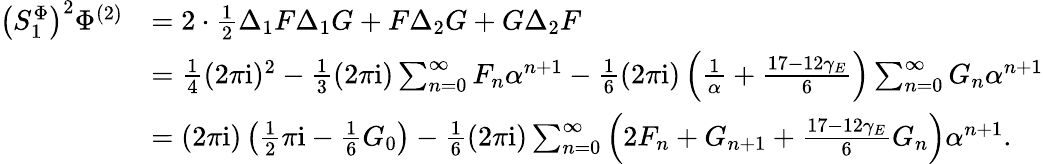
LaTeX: \begin{array}{rl}{\left(S_{1}^{\Phi}\right)^{2}\Phi^{(2)}}&{=2\cdot\frac 12\Delta_{1}F\Delta_{1}G+F\Delta_{2}G+G\Delta_{2}F}\\ &{=\frac 14(2\pi\mathrm{i})^{2}-\frac 13(2\pi\mathrm{i})\sum_{n=0}^{\infty}F_{n}\alpha^{n+1}-\frac 16(2\pi\mathrm{i})\left(\frac{1}\alpha+\frac{17-12\gamma_{E}}{6}\right)\sum_{n=0}^{\infty}G_{n}\alpha^{n+1}}\\ &{=(2\pi\mathrm{i})\left(\frac 12\pi\mathrm{i}-\frac{1}{6}G_{0}\right)-\frac 16(2\pi\mathrm{i})\sum_{n=0}^{\infty}\left(2F_{n}+G_{n+1}+\frac{17-12\gamma_{E}}{6}G_{n}\right)\alpha^{n+1}.}\end{array}